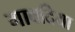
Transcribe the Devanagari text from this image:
गावदिया